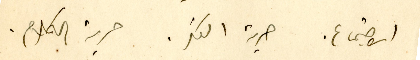
الاجتماع. حرية الفكر. حرية الكلام.